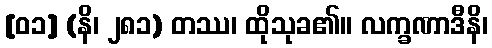
[၀၁] (နိ၊ ၂၈၁) တဿ၊ ထိုသုခ၏။ လက္ခဏာဒီနိ၊